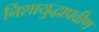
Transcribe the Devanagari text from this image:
निशायुद्धाप्रवीण